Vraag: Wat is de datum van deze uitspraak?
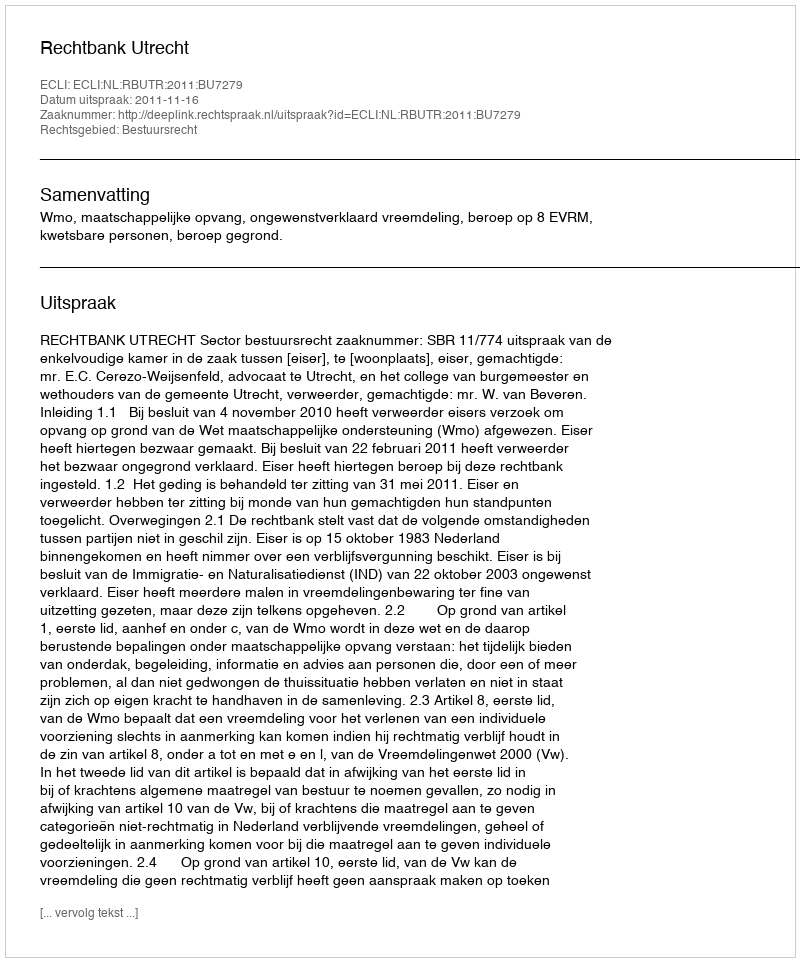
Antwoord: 2011-11-16